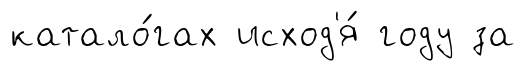
катало́гах исход'я́ году за